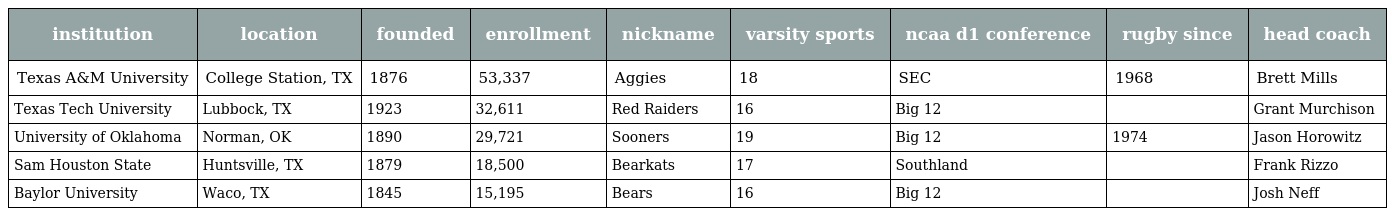
| institution | location | founded | enrollment | nickname | varsity sports | ncaa d1 conference | rugby since | head coach |
 | --- | --- | --- | --- | --- | --- | --- | --- | --- |
 | Texas A&M University | College Station, TX | 1876 | 53,337 | Aggies | 18 | SEC | 1968 | Brett Mills |
 | Texas Tech University | Lubbock, TX | 1923 | 32,611 | Red Raiders | 16 | Big 12 |  | Grant Murchison |
 | University of Oklahoma | Norman, OK | 1890 | 29,721 | Sooners | 19 | Big 12 | 1974 | Jason Horowitz |
 | Sam Houston State | Huntsville, TX | 1879 | 18,500 | Bearkats | 17 | Southland |  | Frank Rizzo |
 | Baylor University | Waco, TX | 1845 | 15,195 | Bears | 16 | Big 12 |  | Josh Neff |